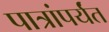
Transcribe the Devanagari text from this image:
पात्रांपर्यंत